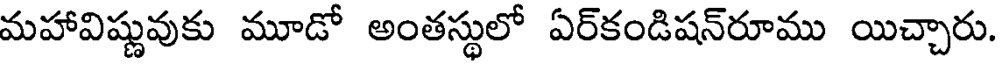
మహావిష్ణువుకు మూడో అంతస్థులో ఏర్కండిషన్రూము యిచ్చారు.